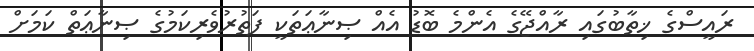
ރައީސްގެ ޚިތާބުގައި ރާއްޖޭގެ އެންމެ ބޮޑު އެއް ޞިނާޢަތަކީ ފަތުރުވެރިކަމުގެ ޞިނާޢަތް ކަމަށް